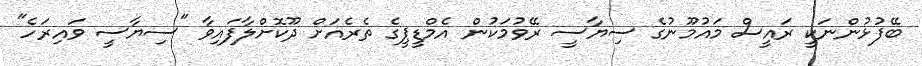
ބޭފުޅުންނަކީ ރައީސް މައުމޫނުގެ ސިޔާސީ ރޭވުމަކުން އެމްޑީޕީގެ ތެރެއަށް ދޫކޮށްލާފައިވާ "ސިޔާސީ ވައިރަހެ"